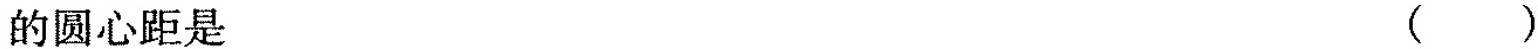
的圆心距是 ( )